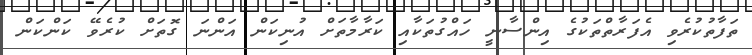
ތަފާތުކުރެވި އެފަރާތްތަކުގެ އިންސާނީ ހައްގުތަކާއި ކަރާމާތަށް އުނިކަން އަންނަ ގޮތަށް ކުރެވޭ ކަންކަން